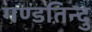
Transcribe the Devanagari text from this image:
गण्डतिन्दु